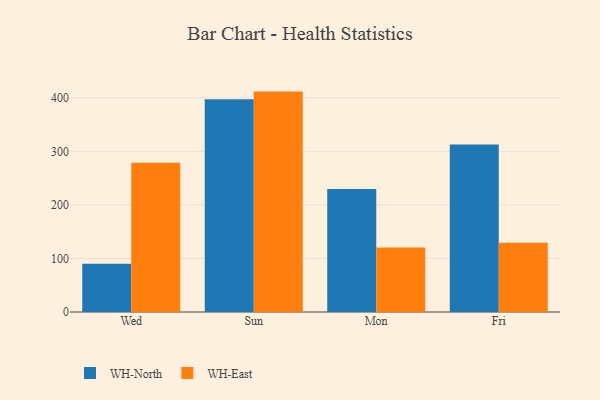
{"axis": {"x": "Day", "y": "Page Views"}, "legend": ["WH-East", "WH-North"], "data": [{"x": "Wed", "y": 90.1, "type": "WH-North"}, {"x": "Wed", "y": 278.8, "type": "WH-East"}, {"x": "Sun", "y": 397.1, "type": "WH-North"}, {"x": "Sun", "y": 411.5, "type": "WH-East"}, {"x": "Mon", "y": 229.8, "type": "WH-North"}, {"x": "Mon", "y": 120.6, "type": "WH-East"}, {"x": "Fri", "y": 312.7, "type": "WH-North"}, {"x": "Fri", "y": 129.3, "type": "WH-East"}]}